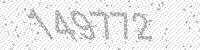
Solution: 149772